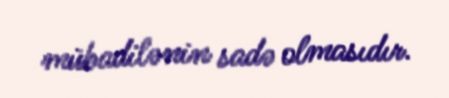
mübadilənin sadə olmasıdır.